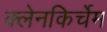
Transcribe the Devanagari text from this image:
क्लेनकिर्चेम